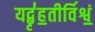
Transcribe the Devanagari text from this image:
यद्बृ॑ह॒तीर्विश्वं॒